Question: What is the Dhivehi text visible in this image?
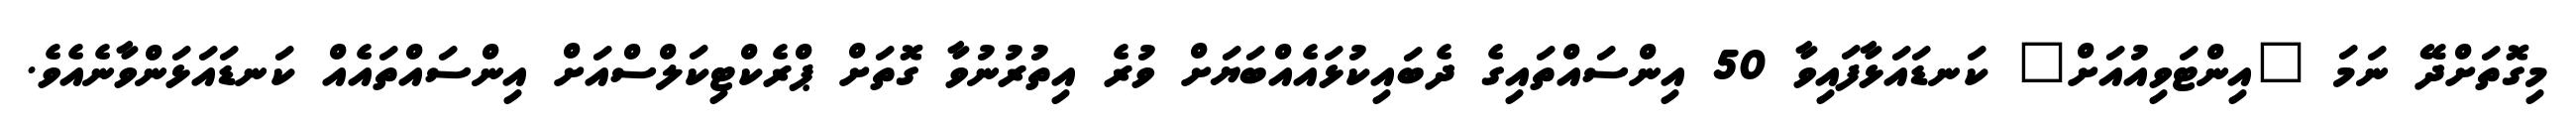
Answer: މިގޮތަށްދޭ ނަމަ "އިންޓަވިއުއަށް" ކަނޑައަޅާފައިވާ 50 އިންސައްތައިގެ ދެބައިކުޅައެއްބަޔަށް ވުރެ އިތުރުނުވާ ގޮތަށް ޕްރެކްޓިކަލްސްއަށް އިންސައްތައެއް ކަނޑައަޅަންވާނެއެވެ.